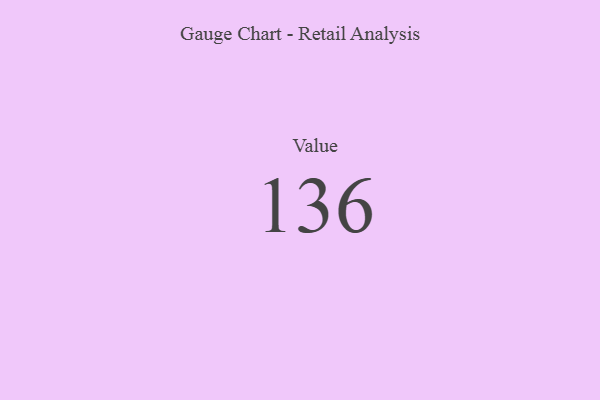
{"axis": {"x": "Metric", "y": "Value"}, "legend": [""], "data": [{"x": "Value", "y": 136, "type": ""}]}